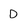
Character: D